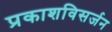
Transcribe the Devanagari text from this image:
प्रकाशविसर्जन